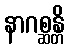
နာဂစ္ဆန္တိ